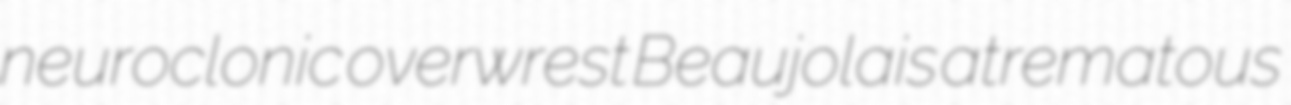
neuroclonic overwrest Beaujolais atrematous